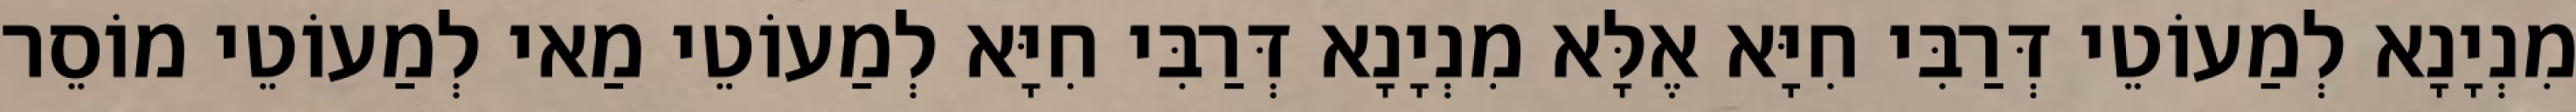
מִנְיָנָא לְמַעוֹטֵי דְּרַבִּי חִיָּא אֶלָּא מִנְיָנָא דְּרַבִּי חִיָּא לְמַעוֹטֵי מַאי לְמַעוֹטֵי מוֹסֵר